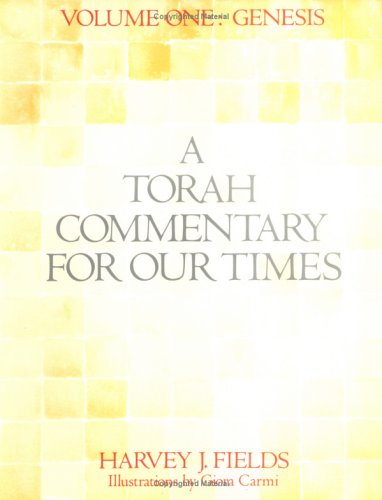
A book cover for Torah Commentary for Our Times: Genesis (Torah Commentary for Our Times); Harvey J. Fields; Teen & Young Adult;